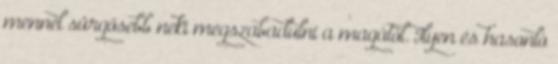
mennél sürgősebb neki megszabadulni a magától. Ilyen és hasonló